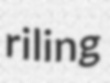
riling